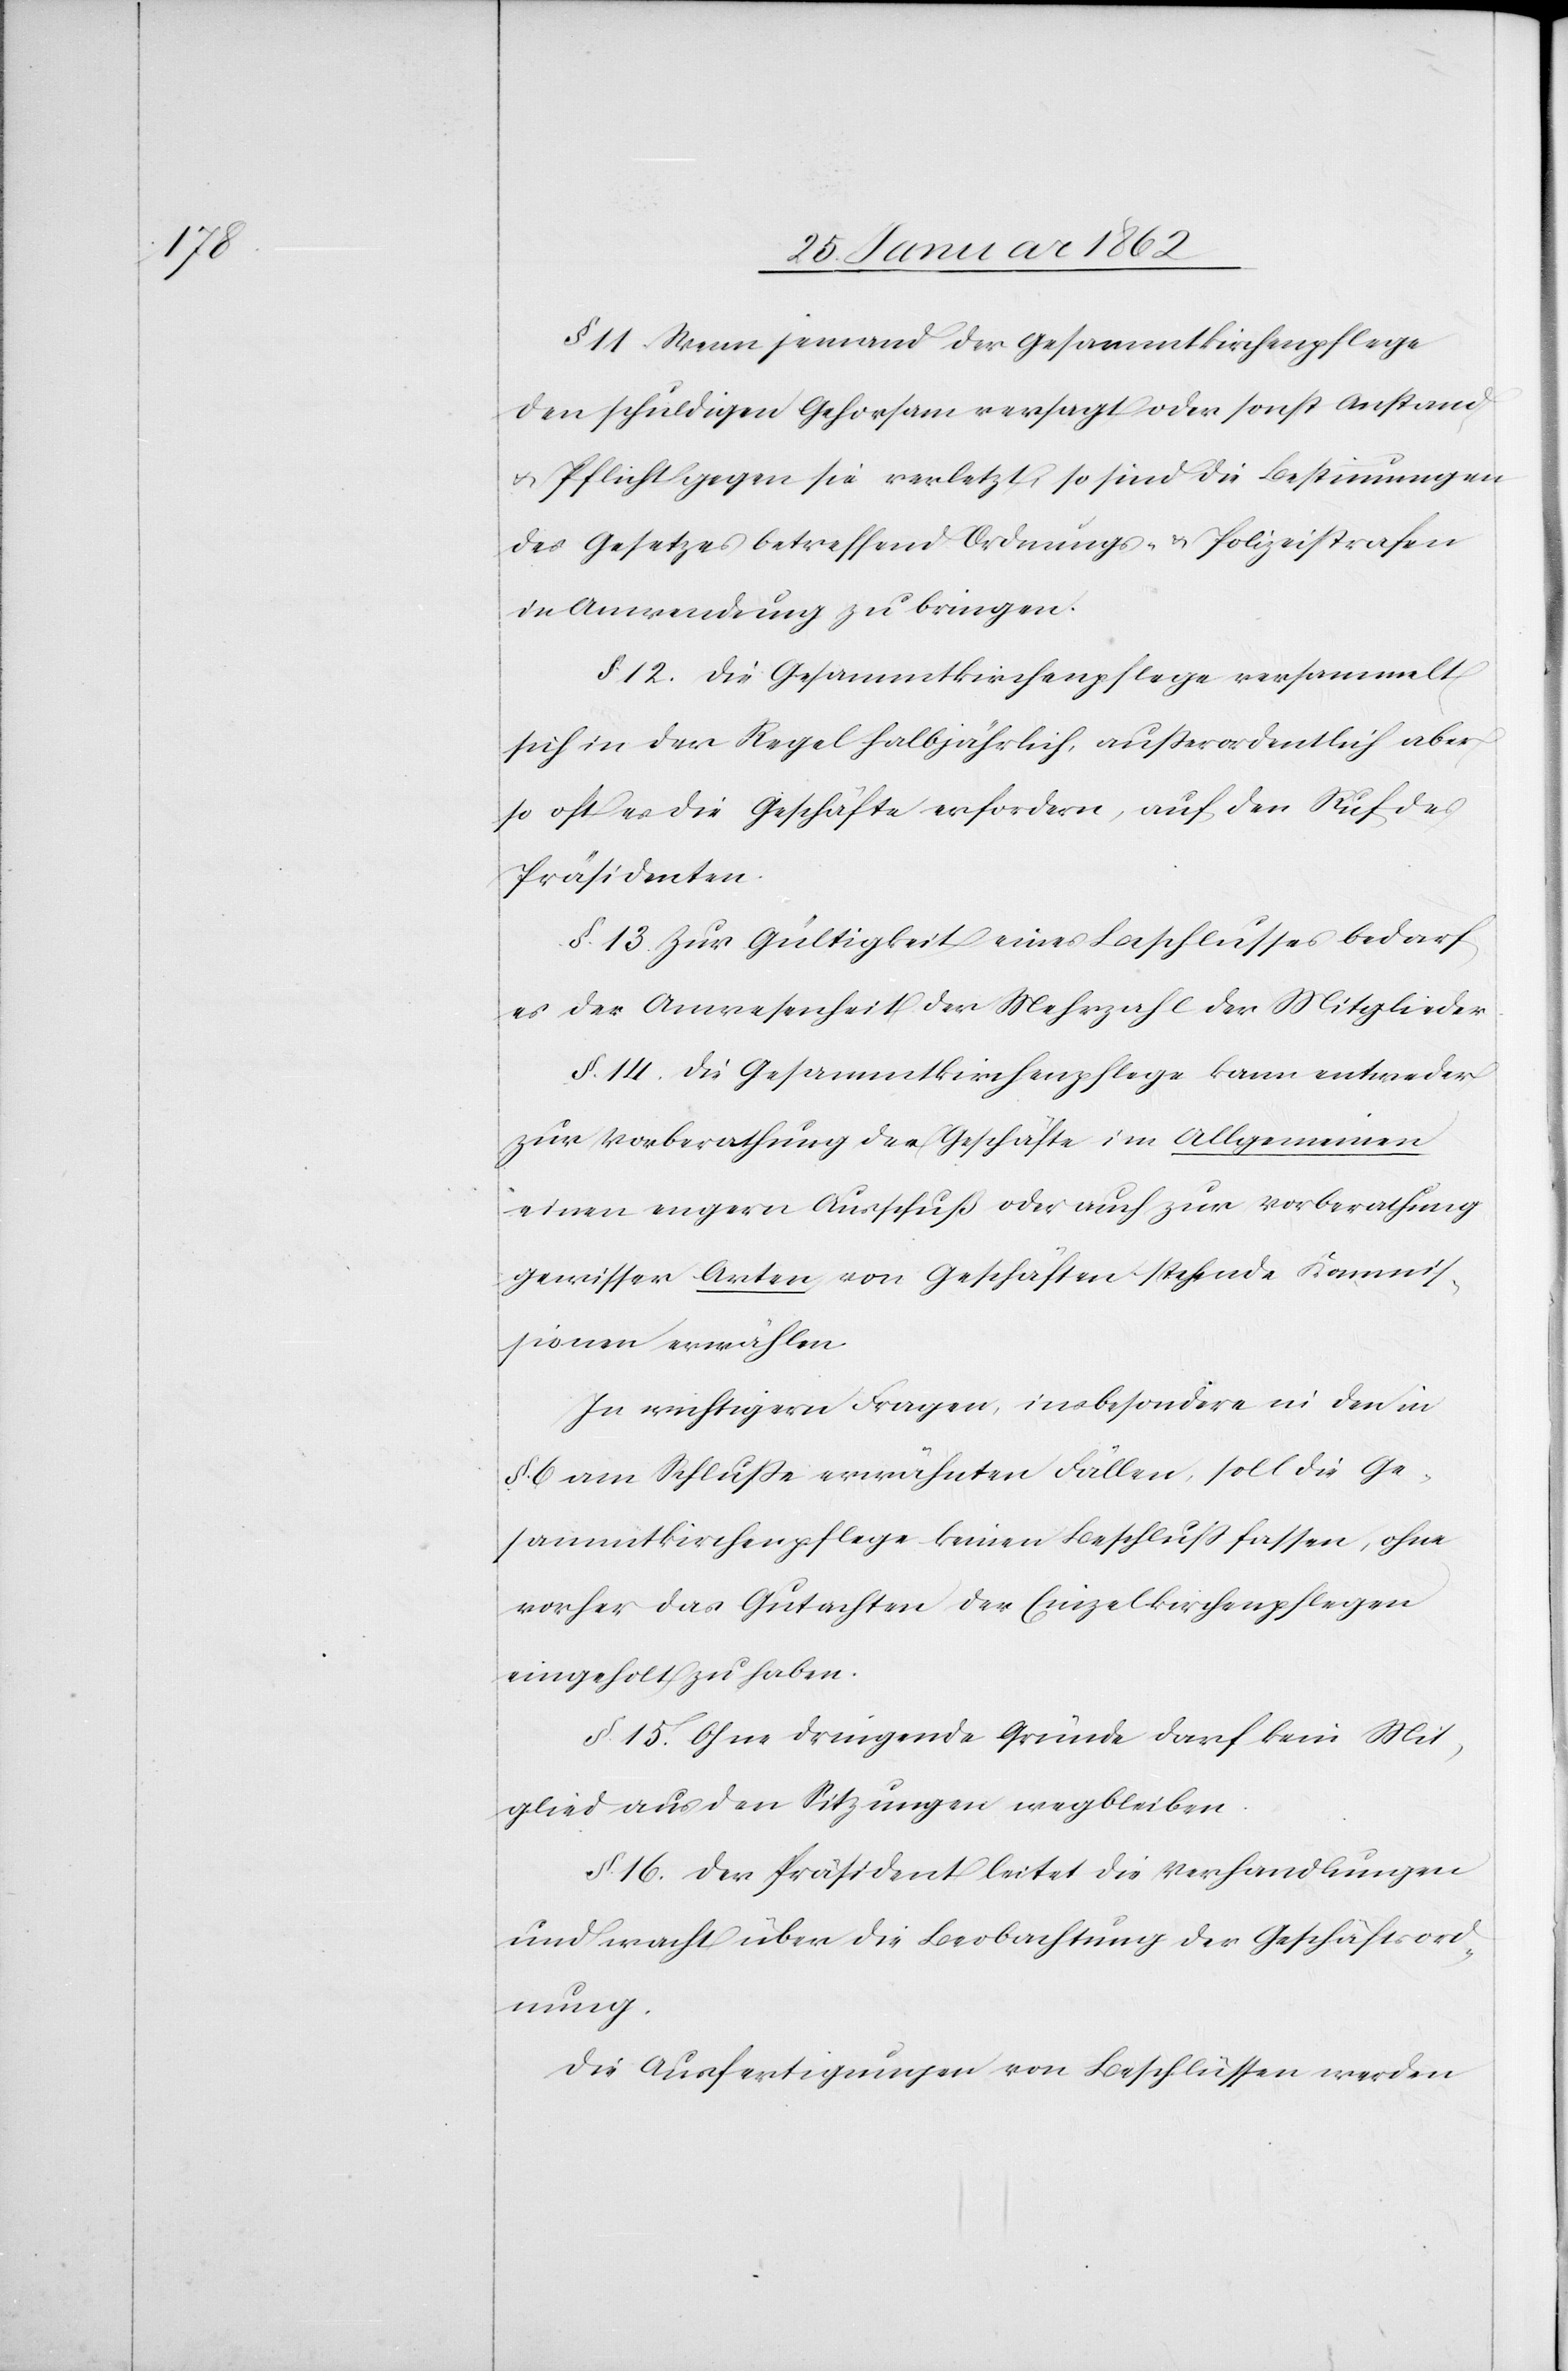
§. 11. Wenn jemand der Gesammtkirchenpflege
den schuldigen Gehorsam versagt oder sonst Anstand
u. Pflicht gegen sie verletzt, so sind die Bestimmungen
des Gesetzes betreffend Ordnungs- & Polizeistrafen
in Anwendung zu bringen.
§. 12. Die Gesammtkirchenpflege versammelt
sich in der Regel halbjährlich, außerordentlich aber
so oft es die Geschäfte erfordern, auf den Ruf des
Präsidenten.
§. 13. Zur Gültigkeit eines Beschlusses bedarf
es der Anwesenheit der Mehrzahl der Mitglieder.
§. 14. Die Gesammtkirchenpflege kann entweder
zur Vorberathung der Geschäfte im Allgemeinen
einen engern Ausschuß oder auch zur Vorberathung
gewisser Arten von Geschäften stehende Kommis¬
sionen erwählen.
In wichtigern Fragen, insbesondere in den in
§. 6 am Schluße erwähnten Fällen, soll die Ge¬
sammtkirchenpflege keinen Beschluß fassen, ohne
vorher das Gutachten der Einzelkirchenpflegen
eingeholt zu haben.
§. 15. Ohne dringende Gründe darf kein Mit¬
glied aus den Sitzungen wegbleiben.
§. 16. Der Präsident leitet die Verhandlungen
und wacht über die Beobachtung der Geschäftsord¬
nung.
Die Ausfertigungen von Beschlüssen werden